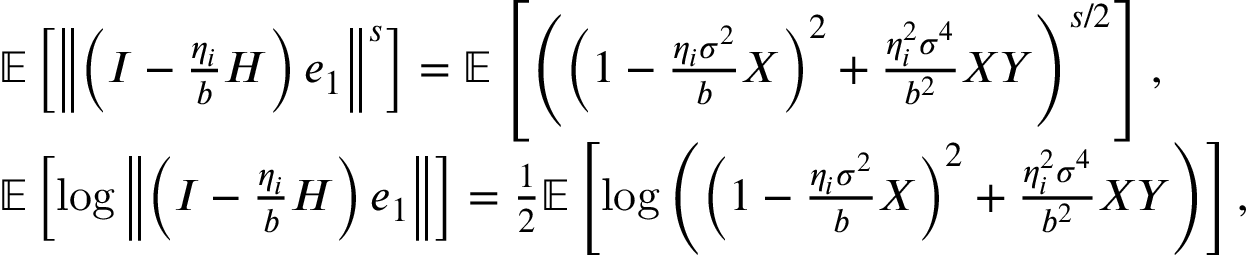
\begin{array} { r l } & { \mathbb { E } \left[ \left\Vert \left( I - \frac { \eta _ { i } } { b } H \right) e _ { 1 } \right\Vert ^ { s } \right] = \mathbb { E } \left[ \left( \left( 1 - \frac { \eta _ { i } \sigma ^ { 2 } } { b } X \right) ^ { 2 } + \frac { \eta _ { i } ^ { 2 } \sigma ^ { 4 } } { b ^ { 2 } } X Y \right) ^ { s / 2 } \right] , } \\ & { \mathbb { E } \left[ \log \left\Vert \left( I - \frac { \eta _ { i } } { b } H \right) e _ { 1 } \right\Vert \right] = \frac { 1 } { 2 } \mathbb { E } \left[ \log \left( \left( 1 - \frac { \eta _ { i } \sigma ^ { 2 } } { b } X \right) ^ { 2 } + \frac { \eta _ { i } ^ { 2 } \sigma ^ { 4 } } { b ^ { 2 } } X Y \right) \right] , } \end{array}